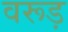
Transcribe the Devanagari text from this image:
वरूड़